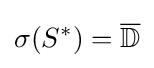
\sigma (S^{*})={\overline {\mathbb {D} }}